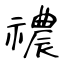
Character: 禯